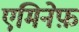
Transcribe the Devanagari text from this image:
एमिनेफ़